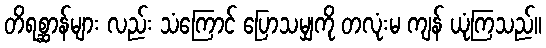
တိရစ္ဆာန်များ လည်း သံကြောင် ပြောသမျှကို တလုံးမ ကျန် ယုံကြသည်။